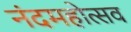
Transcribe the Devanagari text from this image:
नंदमहोत्सव